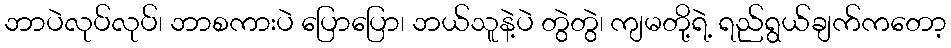
ဘာပဲလုပ်လုပ်၊ ဘာစကားပဲ ပြောပြော၊ ဘယ်သူနဲ့ပဲ တွဲတွဲ၊ ကျမတို့ရဲ့ ရည်ရွယ်ချက်ကတော့